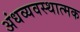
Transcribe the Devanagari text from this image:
अंधव्यवस्थात्मक